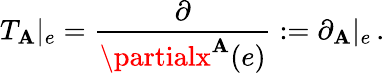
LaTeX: T_{\mathbf{A}}|_{e}=\frac{{\partial}}{{\partialx^{\mathbf{A}}(e)}}:=\partial_{\mathbf{A}}|_{e}\, .